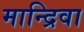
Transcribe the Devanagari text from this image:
मान्द्रिवा